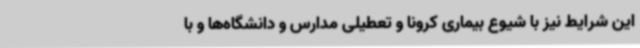
این شرایط نیز با شیوع بیماری کرونا و تعطیلی مدارس و دانشگاه‌ها و با